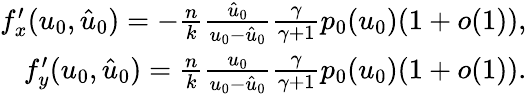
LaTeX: \begin{array}{r}{f_{x}^{\prime}(u_{0},\hat{u}_{0})=-\frac{n}{k}\frac{\hat{u}_{0}}{u_{0}-\hat{u}_{0}}\frac{\gamma}{\gamma+1}p_{0}(u_{0})(1+o(1)),}\\ {f_{y}^{\prime}(u_{0},\hat{u}_{0})=\frac{n}{k}\frac{u_{0}}{u_{0}-\hat{u}_{0}}\frac{\gamma}{\gamma+1}p_{0}(u_{0})(1+o(1)).}\end{array}